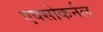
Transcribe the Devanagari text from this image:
एक्सोकर्नल